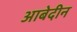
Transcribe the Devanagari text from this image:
आबेदीन